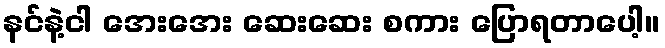
နင်နဲ့ငါ အေးအေး ဆေးဆေး စကား ပြောရတာပေါ့။